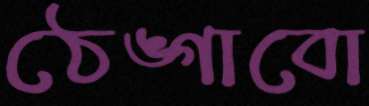
ঠেঙ্গাবো